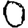
Digit: 0